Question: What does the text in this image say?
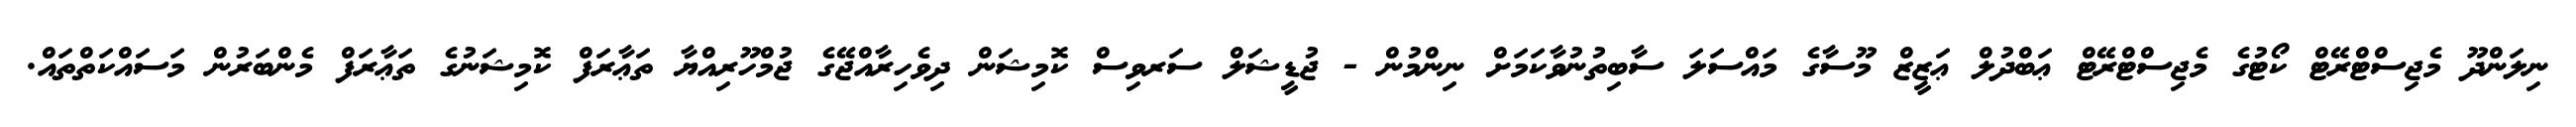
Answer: ނިލަންދޫ މެޖިސްޓްރޭޓް ކޯޓުގެ މެޖިސްޓްރޭޓް ޢަބްދުލް ޢަޒީޒް މޫސާގެ މައްސަލަ ސާބިތުނުވާކަމަށް ނިންމުން - ޖުޑީޝަލް ސަރވިސް ކޮމިޝަން ދިވެހިރާއްޖޭގެ ޖުމްހޫރިއްޔާ ތަޢާރަފް ކޮމިޝަނުގެ ތަޢާރަފް މެންބަރުން މަސައްކަތްތައް.